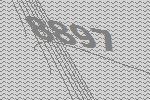
8897